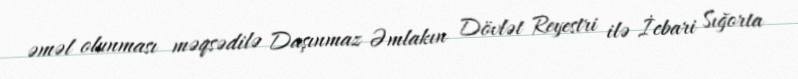
əməl olunması məqsədilə Daşınmaz Əmlakın Dövlət Reyestri ilə İcbari Sığorta